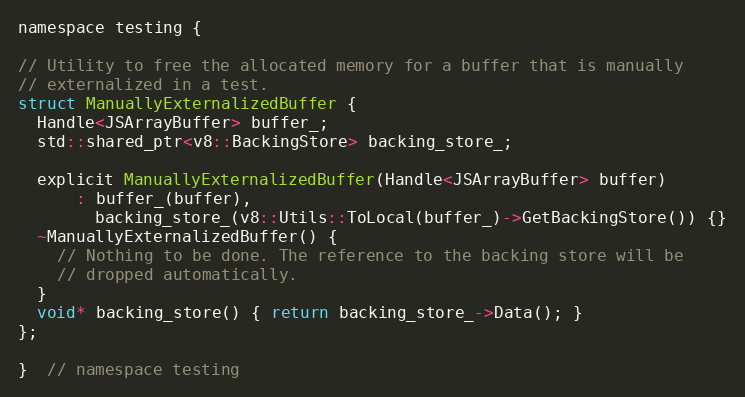
Language: C
namespace testing {

// Utility to free the allocated memory for a buffer that is manually
// externalized in a test.
struct ManuallyExternalizedBuffer {
  Handle<JSArrayBuffer> buffer_;
  std::shared_ptr<v8::BackingStore> backing_store_;

  explicit ManuallyExternalizedBuffer(Handle<JSArrayBuffer> buffer)
      : buffer_(buffer),
        backing_store_(v8::Utils::ToLocal(buffer_)->GetBackingStore()) {}
  ~ManuallyExternalizedBuffer() {
    // Nothing to be done. The reference to the backing store will be
    // dropped automatically.
  }
  void* backing_store() { return backing_store_->Data(); }
};

}  // namespace testing